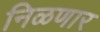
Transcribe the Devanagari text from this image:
निळणार